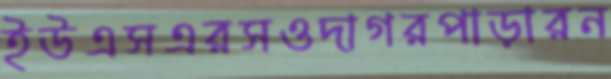
ইউএসএরসওদাগরপাড়ারন